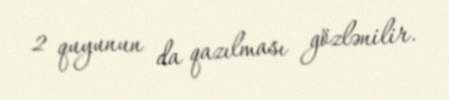
2 quyunun da qazılması gözlənilir.